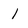
Character: 1